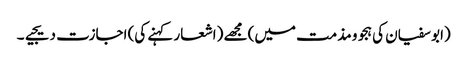
(ابو سفیان کی ہجو و مذمت میں) مجھے (اشعار کہنے کی) اجازت دیجیے۔